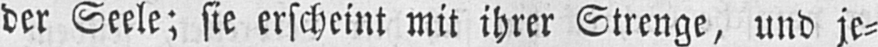
der Seele; sie erscheint mit ihrer Strenge, und je⸗